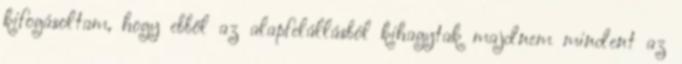
kifogásoltam, hogy ebből az alapfelállásból kihagytak majdnem mindent az